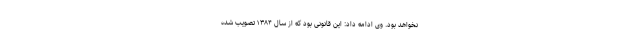
نخواهد بود. وی ادامه داد: این قانونی بود که از سال ۱۳۸۴ تصویب شده